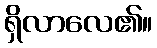
ရှိလာလေ၏။